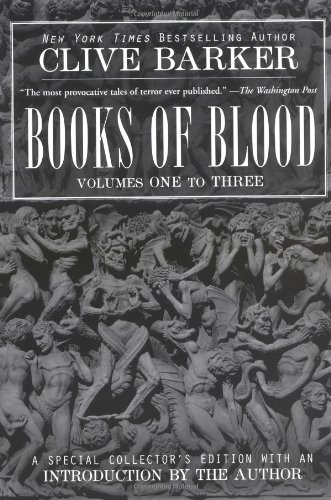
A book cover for Books of Blood, Vols. 1-3; Clive Barker; Literature & Fiction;